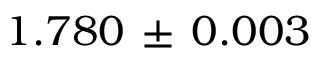
1 . 7 8 0 \, \pm \, 0 . 0 0 3